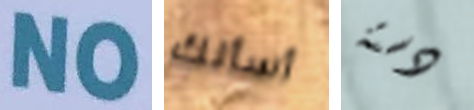
NO أسألك دستة